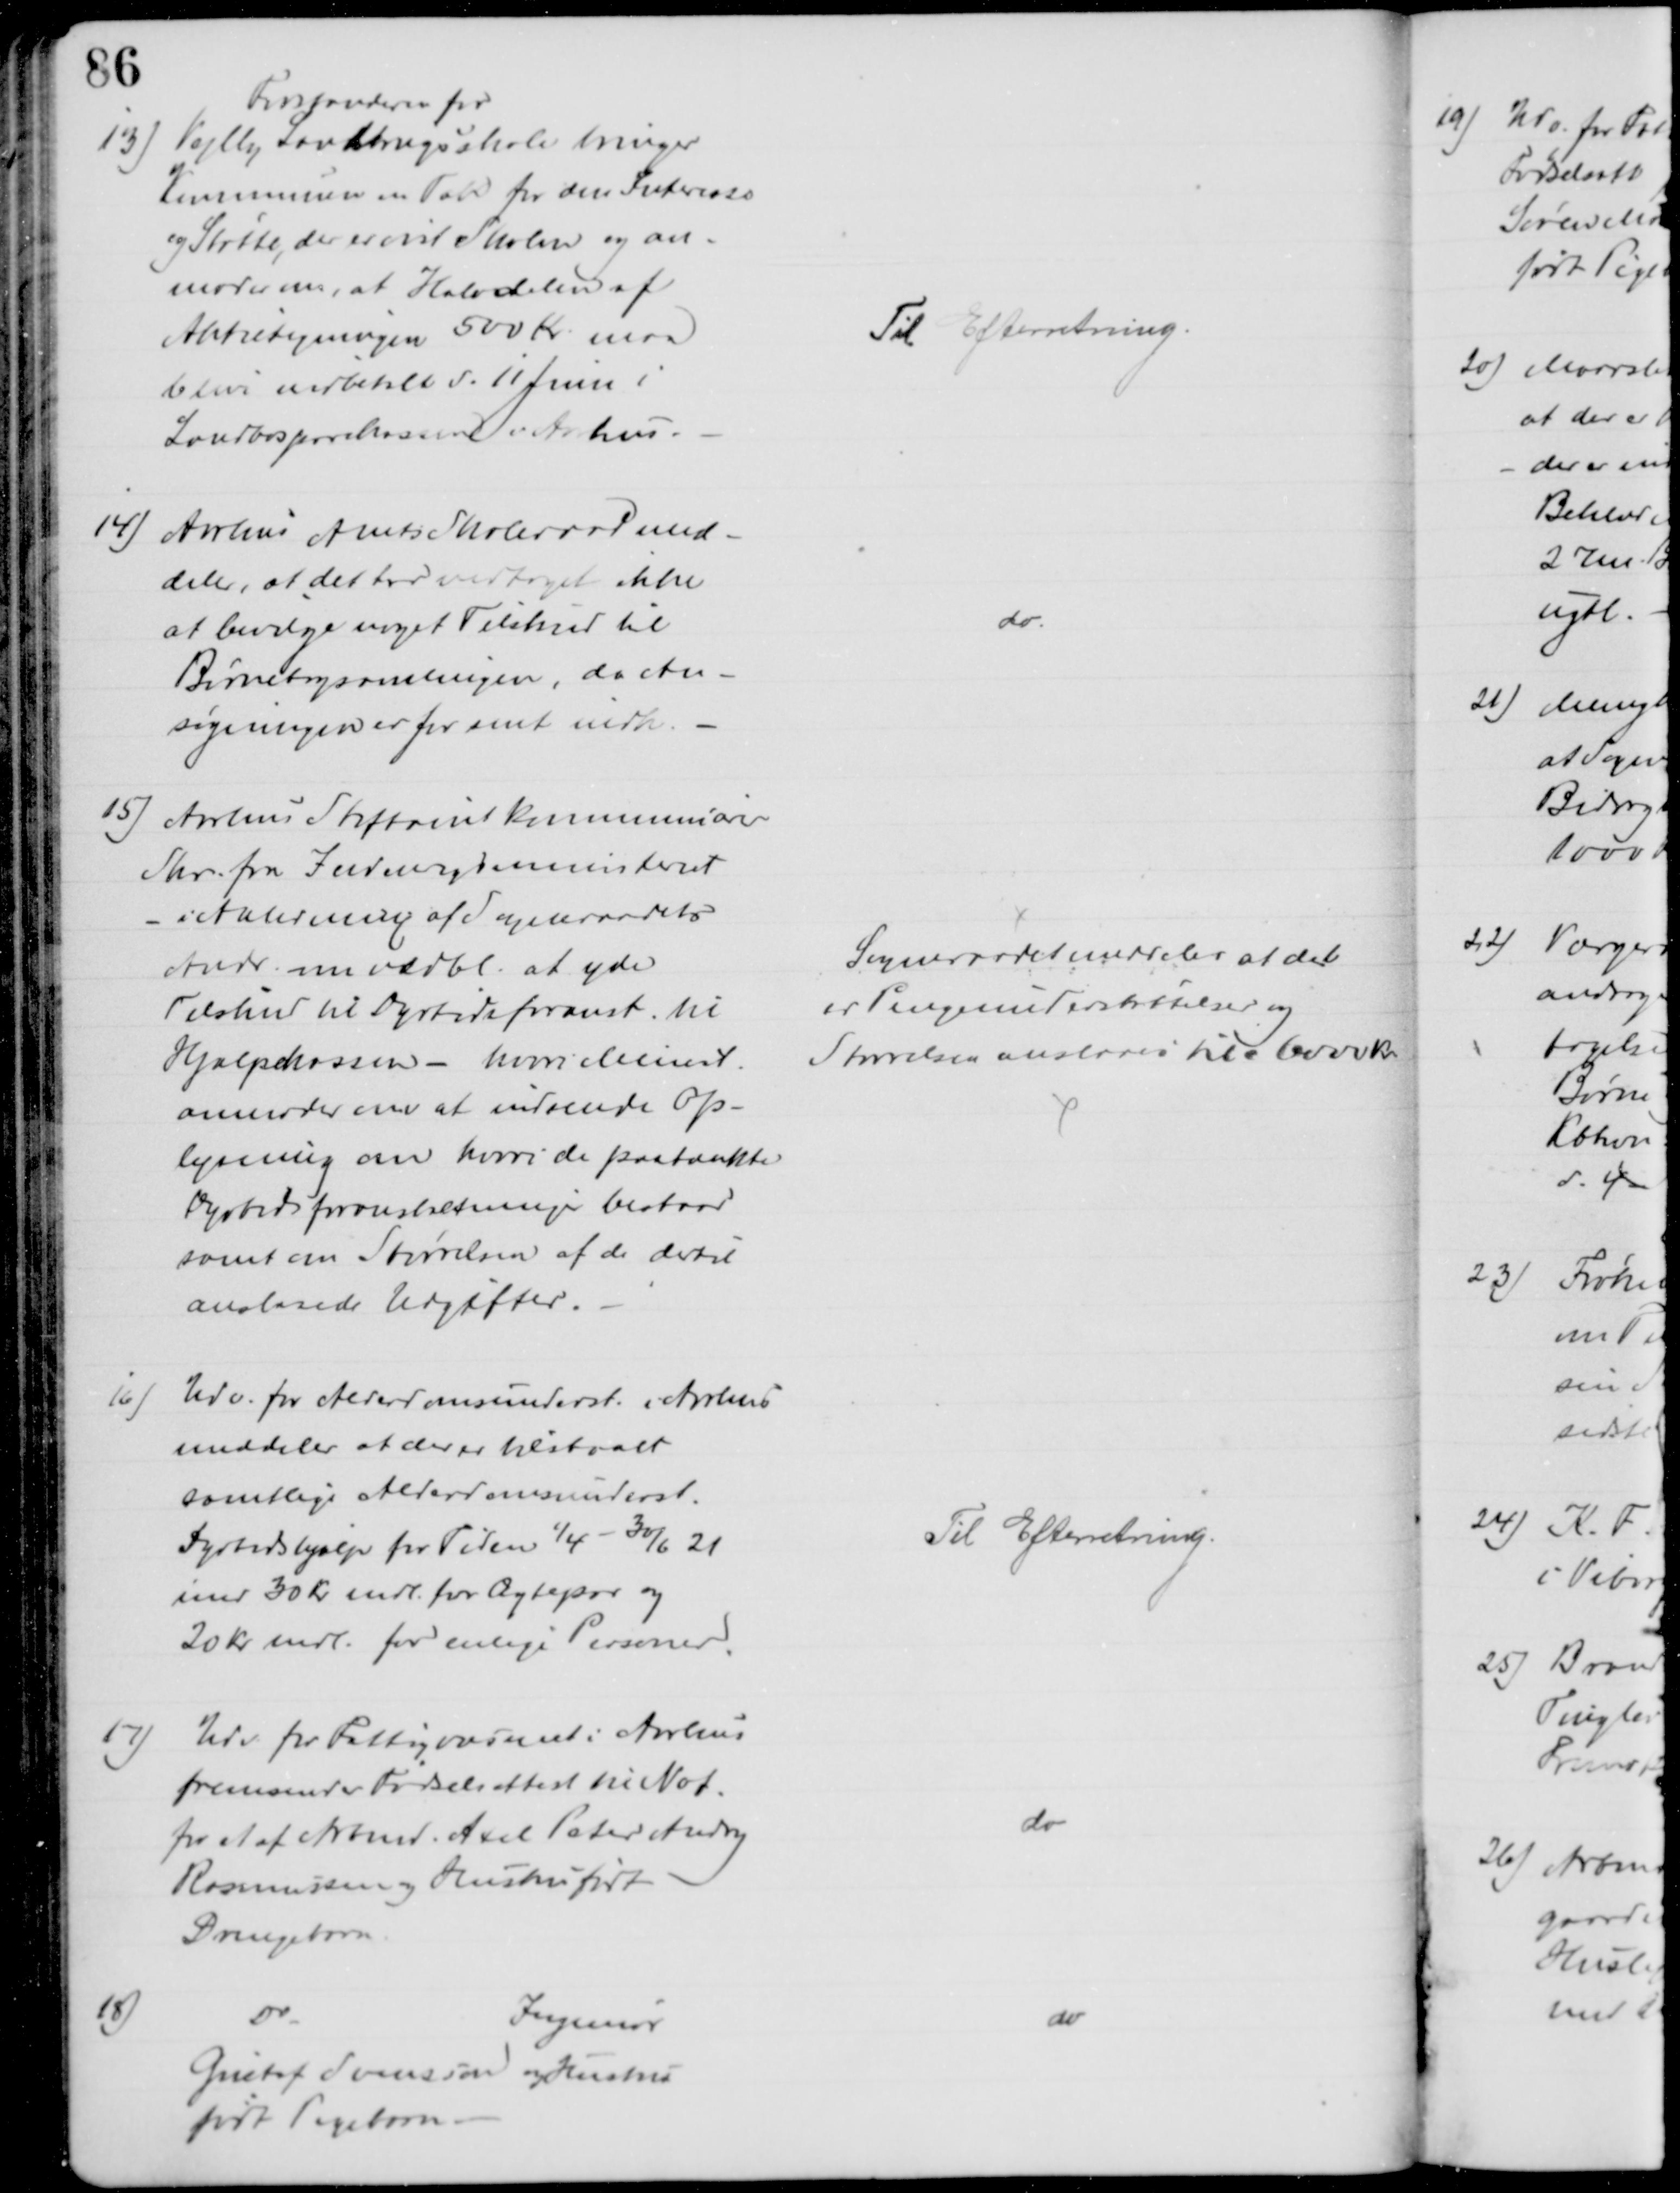
Transskription:
13) 
Forstanderen for
Vejlby Landbrugsskole bringer
Kommunen en Tak for den Interesse
og Støtte, der er vist Skolen og an-
moder om, at Halvdelen af
Aktietegningen 500 Kr maa
blive indbetalt d. 11 Juni i
Landbosparekassen i Aarhus.
Til Efterretning.
14) Aarhus Amts Skoleraad med-
deler, at det har vedtaget ikke 
at bevilge noget Tilskud til
Børnebogsamlingen, da An-
søgningen er for sent indk.
do
15) Aarhus Stiftamt kommunicerer
Skr. fra Indenrigsministeriet
- i Anledning af Sogneraadets
Andr. om vedbl. at yde
Tilskud til Dyrtidsforanst. til
Hjælpekassen - hvori Minist.
anmoder om at indsende Op-
lysning om hvori de paatænkte
Dyrtidsforanstaltninger bestaar
samt om Størrelsen af de dertil
anslaaede Udgifter.
Sogneraadet meddeler at det
er Pengeunderstøttelser og
Størrelsen anslaaes til 6000 Kr.
16) Udv. for Alderdomsunderst. i Aarhus
meddeler at der er tilstaaet
samtlige Alderdomsunderst.
Dyrtidshjælp for Tiden 1/4 - 30/6 21
med 30 Kr mdl. for Ægtepar og
20 Kr mdl. for enlige Personer.
Til Efterretning.
17) Udv. for Fattigvæsenet i Aarhus
fremsender Fødselsattest til Not.
for et af Arbmd. Axel Peter Andry
Rasmussen og Hustru født
Drengebarn
do
18)
Do
Ingeniør
Gustaf Svensson og Hustru
født Pigebarn.
do